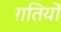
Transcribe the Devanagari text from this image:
ग़तियों